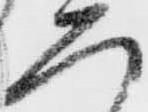
二